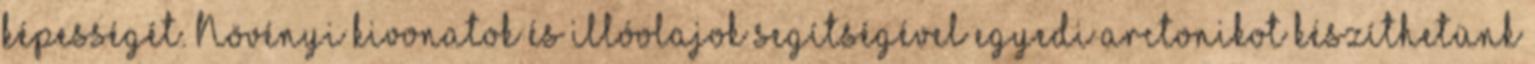
képességét. Növényi kivonatok és illóolajok segítségével egyedi arctonikot készíthetünk